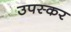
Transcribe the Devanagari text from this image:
उपस्‍कर